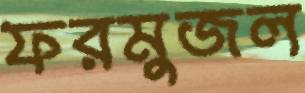
ফরমুজল